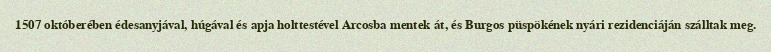
1507 októberében édesanyjával, húgával és apja holttestével Arcosba mentek át, és Burgos püspökének nyári rezidenciáján szálltak meg.